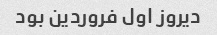
دیروز اول فروردین بود